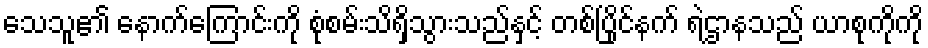
သေသူ၏ နောက်ကြောင်းကို စုံစမ်းသိရှိသွားသည်နှင့် တစ်ပြိုင်နက် ရဲဌာနသည် ယာစုကိုကို